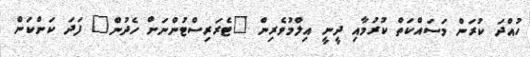
ހުއްދަ ކުރަން މަސައްކަތް ކުރުމާއި ދީނީ އިލްމުވެރިން "ޓެރަރިސްޓުންނަށް ހެދުން" ފަދަ ކަންކަން